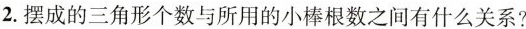
2.摆成的三角形个数与所用的小棒根数之间有什么关系?